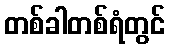
တစ်ခါတစ်ရံတွင်